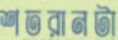
শতরানটা